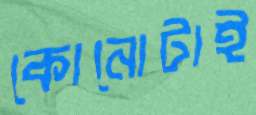
কোনোটাই